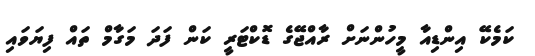
ކަމެކޭ އިންޑިއާ މީހުންނަށް ރާއްޖޭގެ ޑޮކްޓަރީ ކަން ފަދަ މަގާމް ތައް ފިޔަވައި